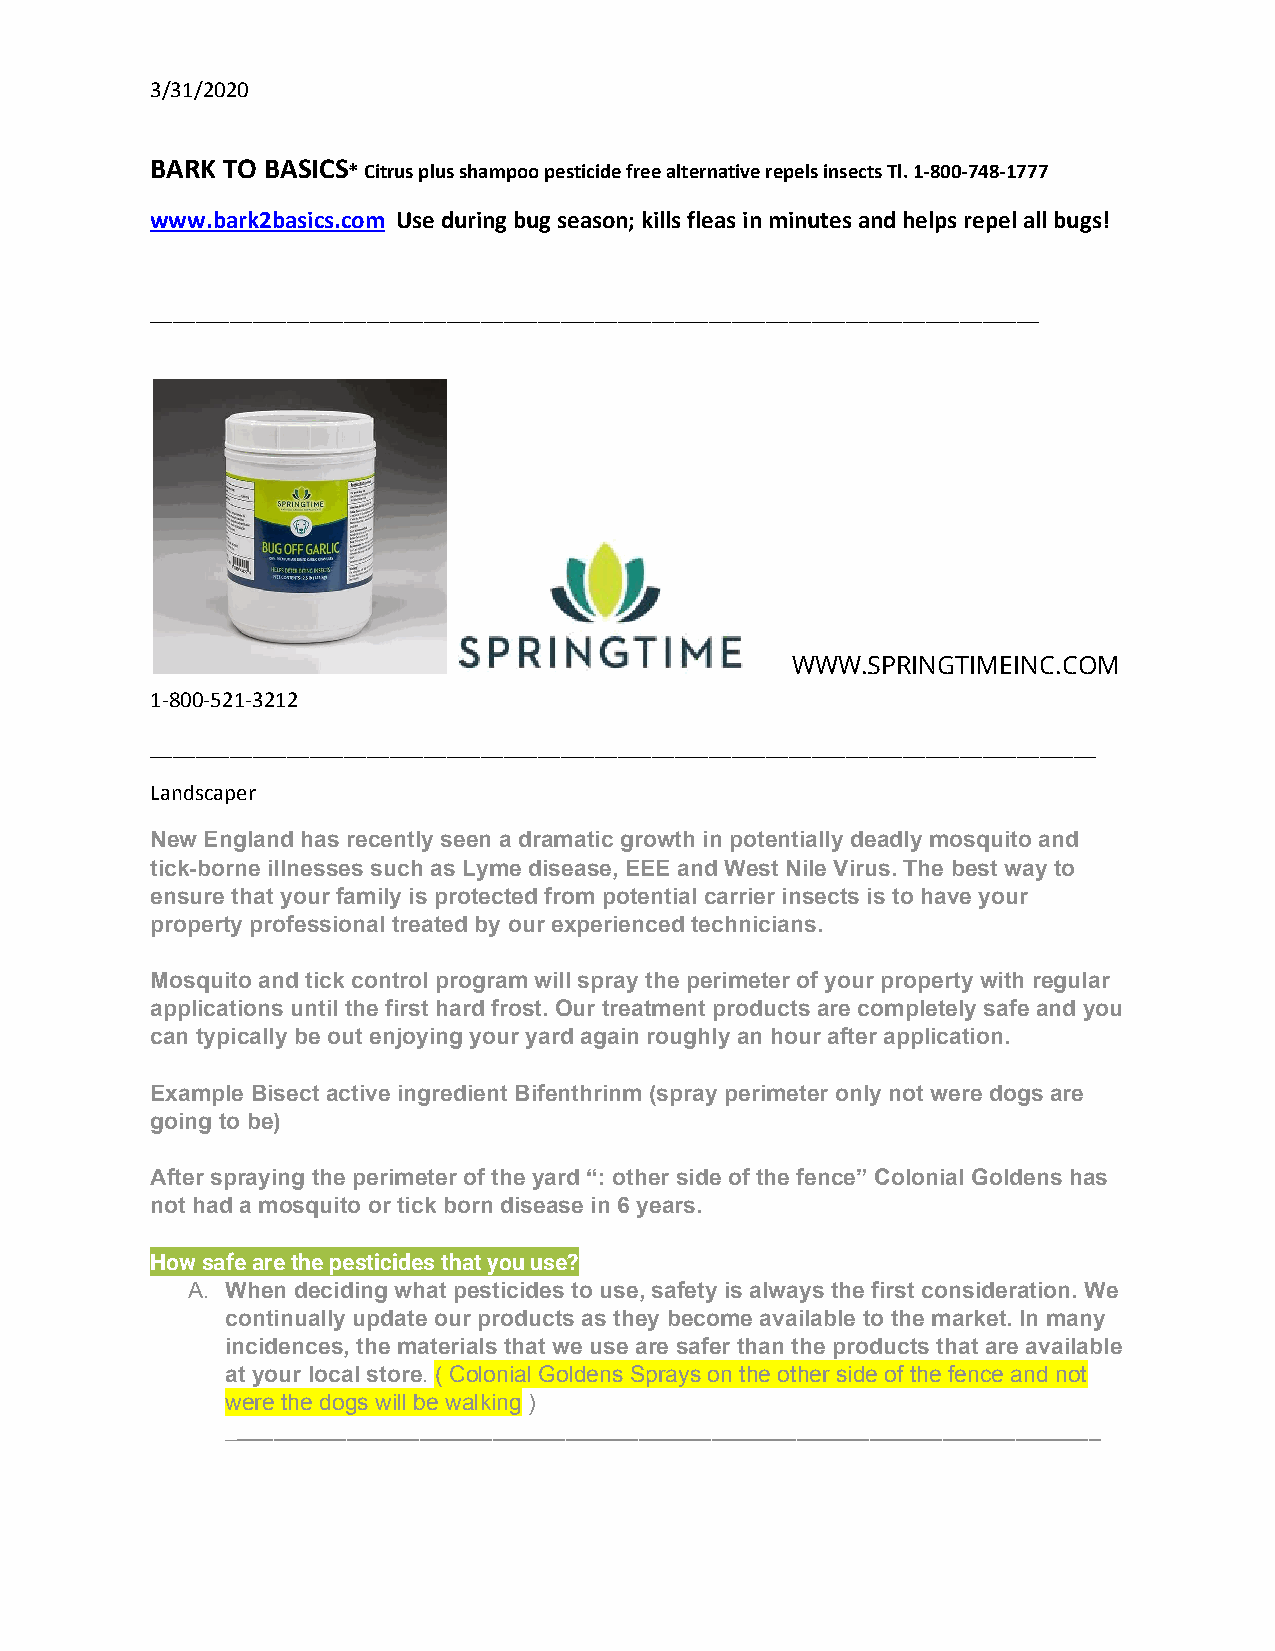
3/31/2020
 BARK TO BASICS* Citrus plus shampoo pesticide free alternative repels insects Tl. 1-800-748-1777
 ​
 www.bark2basics.com Use during bug season; kills fleas in minutes and helps repel all bugs!
 ​
 ______________________________________________________________________________
 WWW.SPRINGTIMEINC.COM
 1-800-521-3212
 ___________________________________________________________________________________
 Landscaper
 New England has recently seen a dramatic growth in potentially deadly mosquito and
 tick-borne illnesses such as Lyme disease, EEE and West Nile Virus. The best way to
 ensure that your family is protected from potential carrier insects is to have your
 property professional treated by our experienced technicians.
 Mosquito and tick control program will spray the perimeter of your property with regular
 applications until the first hard frost. Our treatment products are completely safe and you
 can typically be out enjoying your yard again roughly an hour after application.
 Example Bisect active ingredient Bifenthrinm (spray perimeter only not were dogs are
 going to be)
 After spraying the perimeter of the yard “: other side of the fence” Colonial Goldens has
 not had a mosquito or tick born disease in 6 years.
 How safe are the pesticides that you use?
 A. When deciding what pesticides to use, safety is always the first consideration. We
 continually update our products as they become available to the market. In many
 incidences, the materials that we use are safer than the products that are available
 at your local store​. ​( Colonial Goldens Sprays on the other side of the fence and not
 were the dogs will be walking​ )
 ________________________________________________________________________
 ​